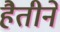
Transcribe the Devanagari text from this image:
हैतीने